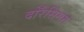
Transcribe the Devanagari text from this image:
दोरैसिंगम